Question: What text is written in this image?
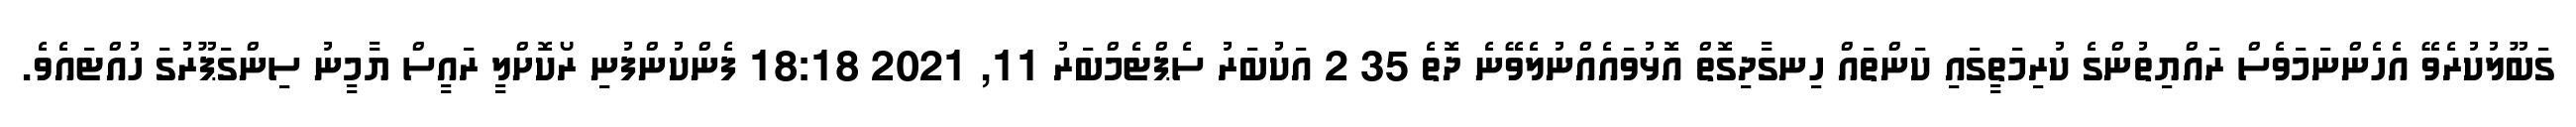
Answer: ގަބޫލުކުރެވޭ އެހެންނަމަވެސް ރައްޔިތުންގެ ކުރިމަތީގައި ކަންތައް ހިނގާދިގޮތް އޮޅުވައެއްނުލެވޭނެ ދޮތެ 35 2 އަކުބަރު ސެޕްޓެމްބަރު 11, 2021 18:18 ފެންކުންފުނި ރޯކޮށްލީ ރައީސް ޔާމީނު ސިންގަޕޫރުގަ ހުއްޓައެވެ.